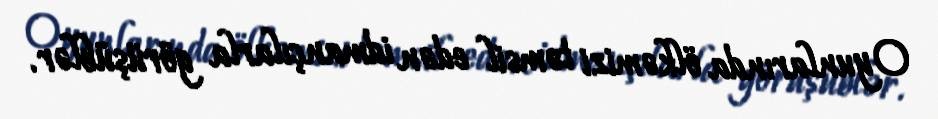
Oyunlarında ölkəmizi təmsil edən idmançılarla görüşüblər.